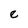
Character: e